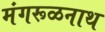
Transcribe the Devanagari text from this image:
मंगरूळनाथ